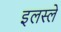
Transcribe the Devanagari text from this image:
इलस्ले